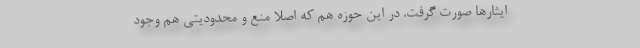
ایثارها صورت گرفت. در این حوزه هم که اصلاً منع و محدودیتی هم وجود